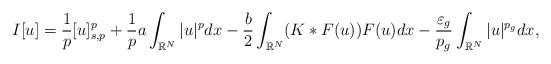
LaTeX: \begin{align*}I[u]=\frac{1}{p}[u]_{s,p}^p+\frac{1}{p}a\int_{\mathbb{R}^N}|u|^p dx-\frac{b}{2}\int_{\mathbb{R}^N}(K\ast F(u))F(u)dx-\frac{\varepsilon_g}{p_g} \int_{\mathbb{R}^N} |u|^{p_g} dx,\end{align*}